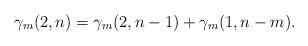
LaTeX: \begin{align*}\gamma_m(2, n) = \gamma_m(2, n-1) + \gamma_m(1, n-m).\end{align*}